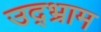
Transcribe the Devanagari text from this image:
उद्भ्राम